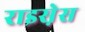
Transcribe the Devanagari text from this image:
राइस़ेस